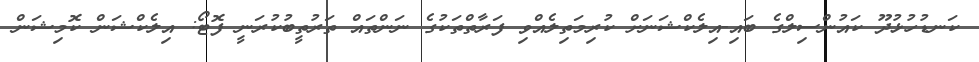
ކަނޑުހުޅުދޫ ކައުންސިލްގެ ބައި-އިލެކްޝަނަށް ކުރިމަތިލެއްވި ފަރާތްތަކުގެ ނަންތައް ތަރުތީބުކުރަނީ ފޮޓޯ: އިލެކްޝަން ކޮމިޝަން